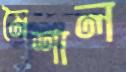
মৈশাল